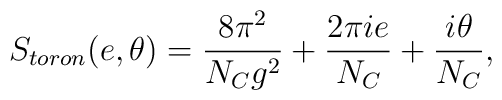
S_{toron}(e,\theta) = \frac {8 \pi^2}{N_C g^2} + \frac {2 \pi ie}{N_C} + \frac {i \theta}{N_C},